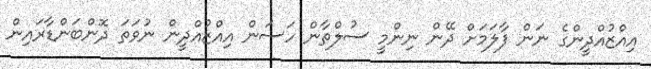
އިއްޒުއްދީންގެ ނަން ފާލަމަށް ދޭން ނިންމީ ސުލްތާން ހަސަން އިއްޒުއްދީން ނުވަތަ ދޮންބަންޑާރައިން